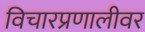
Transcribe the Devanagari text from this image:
विचारप्रणालीवर